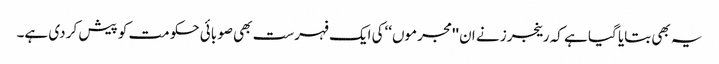
یہ بھی بتایا گیا ہے کہ رینجرز نے ان ''مجرموں‘‘کی ایک فہرست بھی صوبائی حکومت کو پیش کر دی ہے۔